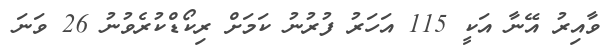
ވާއިރު އޭނާ އަކީ 115 އަހަރު ފުރުނު ކަމަށް ރިކޯޑްކުރެވުނު 26 ވަނަ